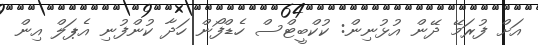
އަށް ފުރަމޭ ދޭން އުޅުނިން: ކުކްބީޓްސް ހެޑްފޯން ހަދާ ކުންފުނި އެޕަލް އިން